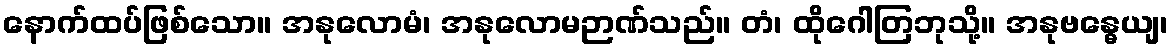
နောက်ထပ်ဖြစ်သော။ အနုလောမံ၊ အနုလောမဉာဏ်သည်။ တံ၊ ထိုဂေါတြဘုသို့။ အနုဗန္ဓေယျ၊